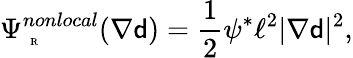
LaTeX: \Psi_{\mathrm{~\tiny~R~}}^{nonlocal}(\nabla{\mathsf{d}})=\frac{1}{2}\psi^{*}\ell^{2}|\nabla{\mathsf{d}}|^{2},